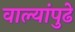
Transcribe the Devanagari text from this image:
वाल्यांपुढे